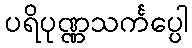
ပရိပုဏ္ဏသင်္ကပ္ပေါ